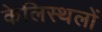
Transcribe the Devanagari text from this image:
केलिस्थलों